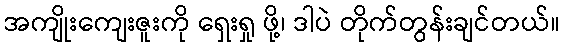
အကျိုးကျေးဇူးကို ရှေးရှု ဖို့၊ ဒါပဲ တိုက်တွန်းချင်တယ်။